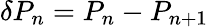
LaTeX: \delta P_{n}=P_{n}-P_{n+1}